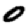
Digit: 0